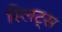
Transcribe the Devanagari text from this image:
स्लिट्स